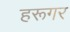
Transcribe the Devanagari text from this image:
हरूगर